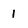
Character: L